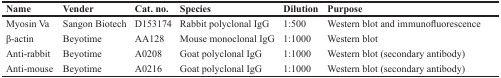
| Name | Vender | Cat. no. | Species | Dilution | Purpose |
 | --- | --- | --- | --- | --- | --- |
 | Myosin Va | Sangon Biotech | D153174 | Rabbit polyclonal IgG | 1:500 | Western blot and immunofluorescence |
 | β-actin | Beyotime | AA128 | Mouse monoclonal IgG | 1:1000 | Western blot |
 | Anti-rabbit | Beyotime | A0208 | Goat polyclonal IgG | 1:1000 | Western blot (secondary antibody) |
 | Anti-mouse | Beyotime | A0216 | Goat polyclonal IgG | 1:1000 | Western blot (secondary antibody) |